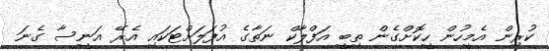
ކުރިން އެމީހުން ހީކޮށްގެން ތިބީ އަފްލާކް ނަތާގެ އުފަލަށްޓަކައި އެރޭ އަނީސާ ގެނަ